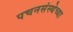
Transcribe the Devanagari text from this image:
पचनसंस्थेच्या